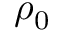
\rho _ { 0 }